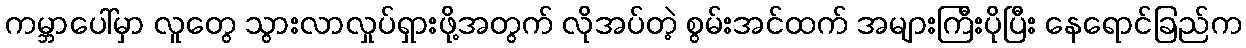
ကမ္ဘာပေါ်မှာ လူတွေ သွားလာလှုပ်ရှားဖို့အတွက် လိုအပ်တဲ့ စွမ်းအင်ထက် အများကြီးပိုပြီး နေရောင်ခြည်က